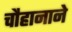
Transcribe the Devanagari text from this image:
चौहानाने